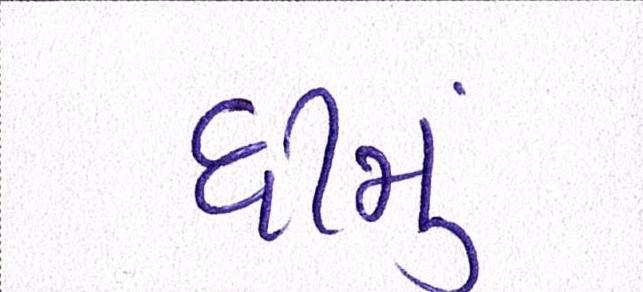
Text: ધીમુ